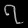
Digit: ၇